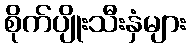
စိုက်ပျိုးသီးနှံများ